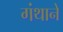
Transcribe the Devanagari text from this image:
गंथाने